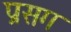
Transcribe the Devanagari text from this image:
प्रसग